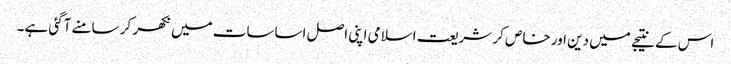
اس کے نتیجے میں دین اور خاص کر شریعت اسلامی اپنی اصل اساسات میں نکھر کر سامنے آگئی ہے۔